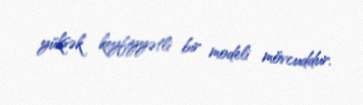
yüksək keyfiyyətli bir modeli mövcuddur.